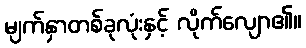
မျက်နှာတစ်ခုလုံးနှင့် လိုက်လျော၏။